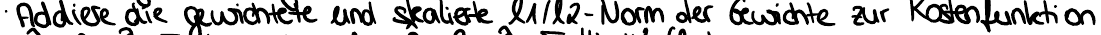
Addiere die gewichtete und skalierte l1/l2-Norm der Gewichte zur Kostenfunktion